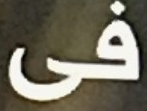
فى